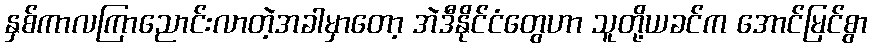
နှစ်ကာလကြာညောင်းလာတဲ့အခါမှာတော့ အဲဒီနိုင်ငံတွေဟာ သူတို့ယခင်က အောင်မြင်စွာ